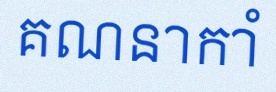
គណនាកាំ